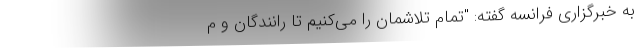
به خبرگزاری فرانسه گفته: "تمام تلاشمان را می‌کنیم تا رانندگان و م